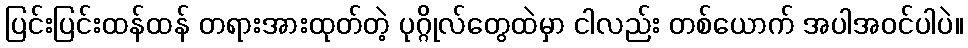
ပြင်းပြင်းထန်ထန် တရားအားထုတ်တဲ့ ပုဂ္ဂိုလ်တွေထဲမှာ ငါလည်း တစ်ယောက် အပါအဝင်ပါပဲ။